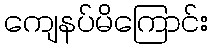
ကျေနပ်မိကြောင်း